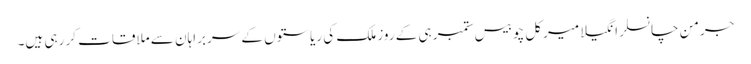
جرمن چانسلر انگیلا میرکل چوبیس ستمبر ہی کے روز ملک کی ریاستوں کے سربراہان سے ملاقات کر رہی ہیں۔